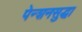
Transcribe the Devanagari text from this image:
पेन्शनसुद्धा